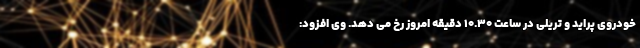
خودروی پراید و تریلی در ساعت ۱۰.۳۰ دقیقه امروز رخ می دهد. وی افزود: